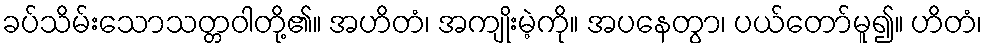
ခပ်သိမ်းသောသတ္တဝါတို့၏။ အဟိတံ၊ အကျိုးမဲ့ကို။ အပနေတွာ၊ ပယ်တော်မူ၍။ ဟိတံ၊